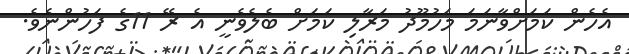
އެހެން ކަމަށްވާނަމަ މަހުމޫދު މަރާލި ކަމަށް ބެލެވެނީ އެ ރޭ 11ގެ ފަހުންނެވެ.